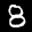
Label: 8